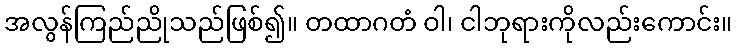
အလွန်ကြည်ညိုသည်ဖြစ်၍။ တထာဂတံ ဝါ၊ ငါဘုရားကိုလည်းကောင်း။